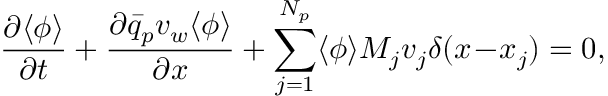
\frac { \partial \langle \phi \rangle } { \partial t } + \frac { \partial \bar { q } _ { p } v _ { w } \langle \phi \rangle } { \partial x } + \sum _ { j = 1 } ^ { N _ { p } } \langle \phi \rangle M _ { j } v _ { j } \delta ( x \! - \! x _ { j } ) = 0 ,